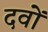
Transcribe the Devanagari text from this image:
दवों